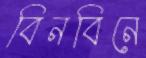
বিনবিনে